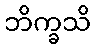
ဘိက္ခသိ